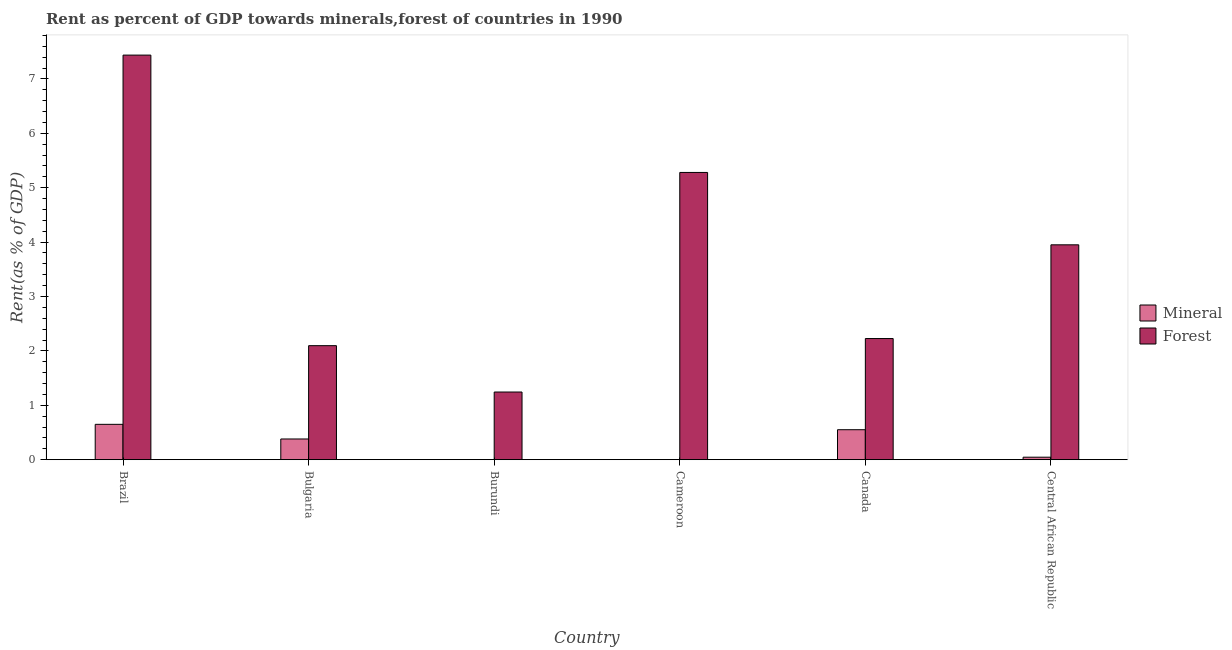
| Country | Mineral | Forest |
 | --- | --- | --- |
 | Brazil | 0.65 | 7.44 |
 | Bulgaria | 0.381 | 2.1 |
 | Burundi | 0.00175 | 1.24 |
 | Cameroon | 0.000158 | 5.28 |
 | Canada | 0.551 | 2.23 |
 | Central African Republic | 0.0459 | 3.95 |